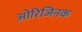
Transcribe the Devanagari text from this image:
ओरिजिनक